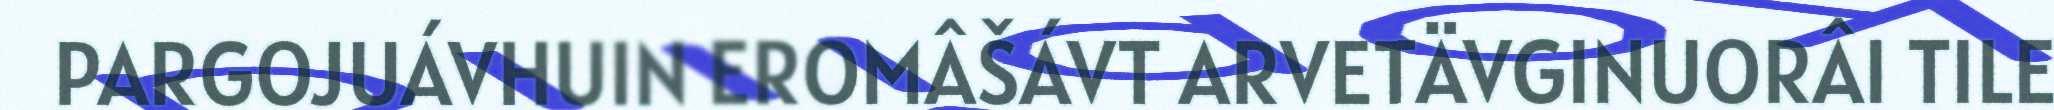
PARGOJUÁVHUIN EROMÂŠÁVT ARVETÄVGINUORÂI TILE